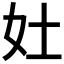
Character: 𡚳